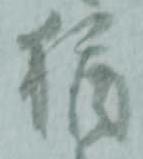
猶